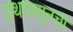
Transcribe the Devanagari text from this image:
इथपासूनची